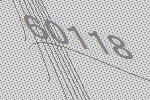
60118